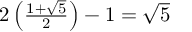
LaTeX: \textstyle 2 \left( { \frac { 1 + { \sqrt { 5 } } } { 2 } } \right) - 1 = { \sqrt { 5 } }